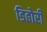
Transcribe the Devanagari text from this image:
डिढोरी